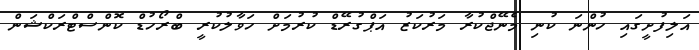
އަލިފުށީގައި ހުންނަ ކުނި މެނޭޖްކުރާ މަރުކަޒު އަޕްގުރޭޑް ކުރުމަށް ހަވާލުކުރީ ބްރޯހުޑް ކޮންސްޓްރަކްޝަން